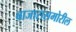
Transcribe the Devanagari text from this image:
बाजारासमोरील